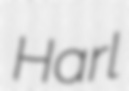
Harl